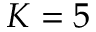
K = 5